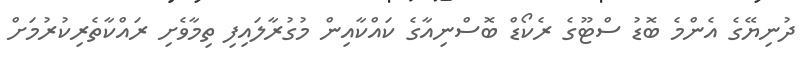
ދުނިޔޭގެ އެންމެ ބޮޑު ސްޓޫގެ ރެކޯޑް ބޮސްނިއާގެ ކައްކާއިން މުގުރާލައިފި ތިމާވެށި ރައްކާތެރިކުރުމަށް